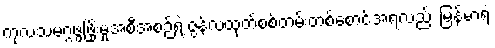
ကုလသမဂ္ဂဖွံ့ဖြိုးမှုအစီအစဉ်ရဲ့ ဇွန်လထုတ်စစ်တမ်းတစ်စောင်အရလည်း မြန်မာရဲ့